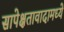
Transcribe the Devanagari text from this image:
सापेक्षतावादामध्ये